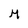
Character: M